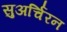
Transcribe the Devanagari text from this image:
सुअर्चिरन